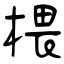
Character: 椳